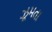
ઝૂમતા